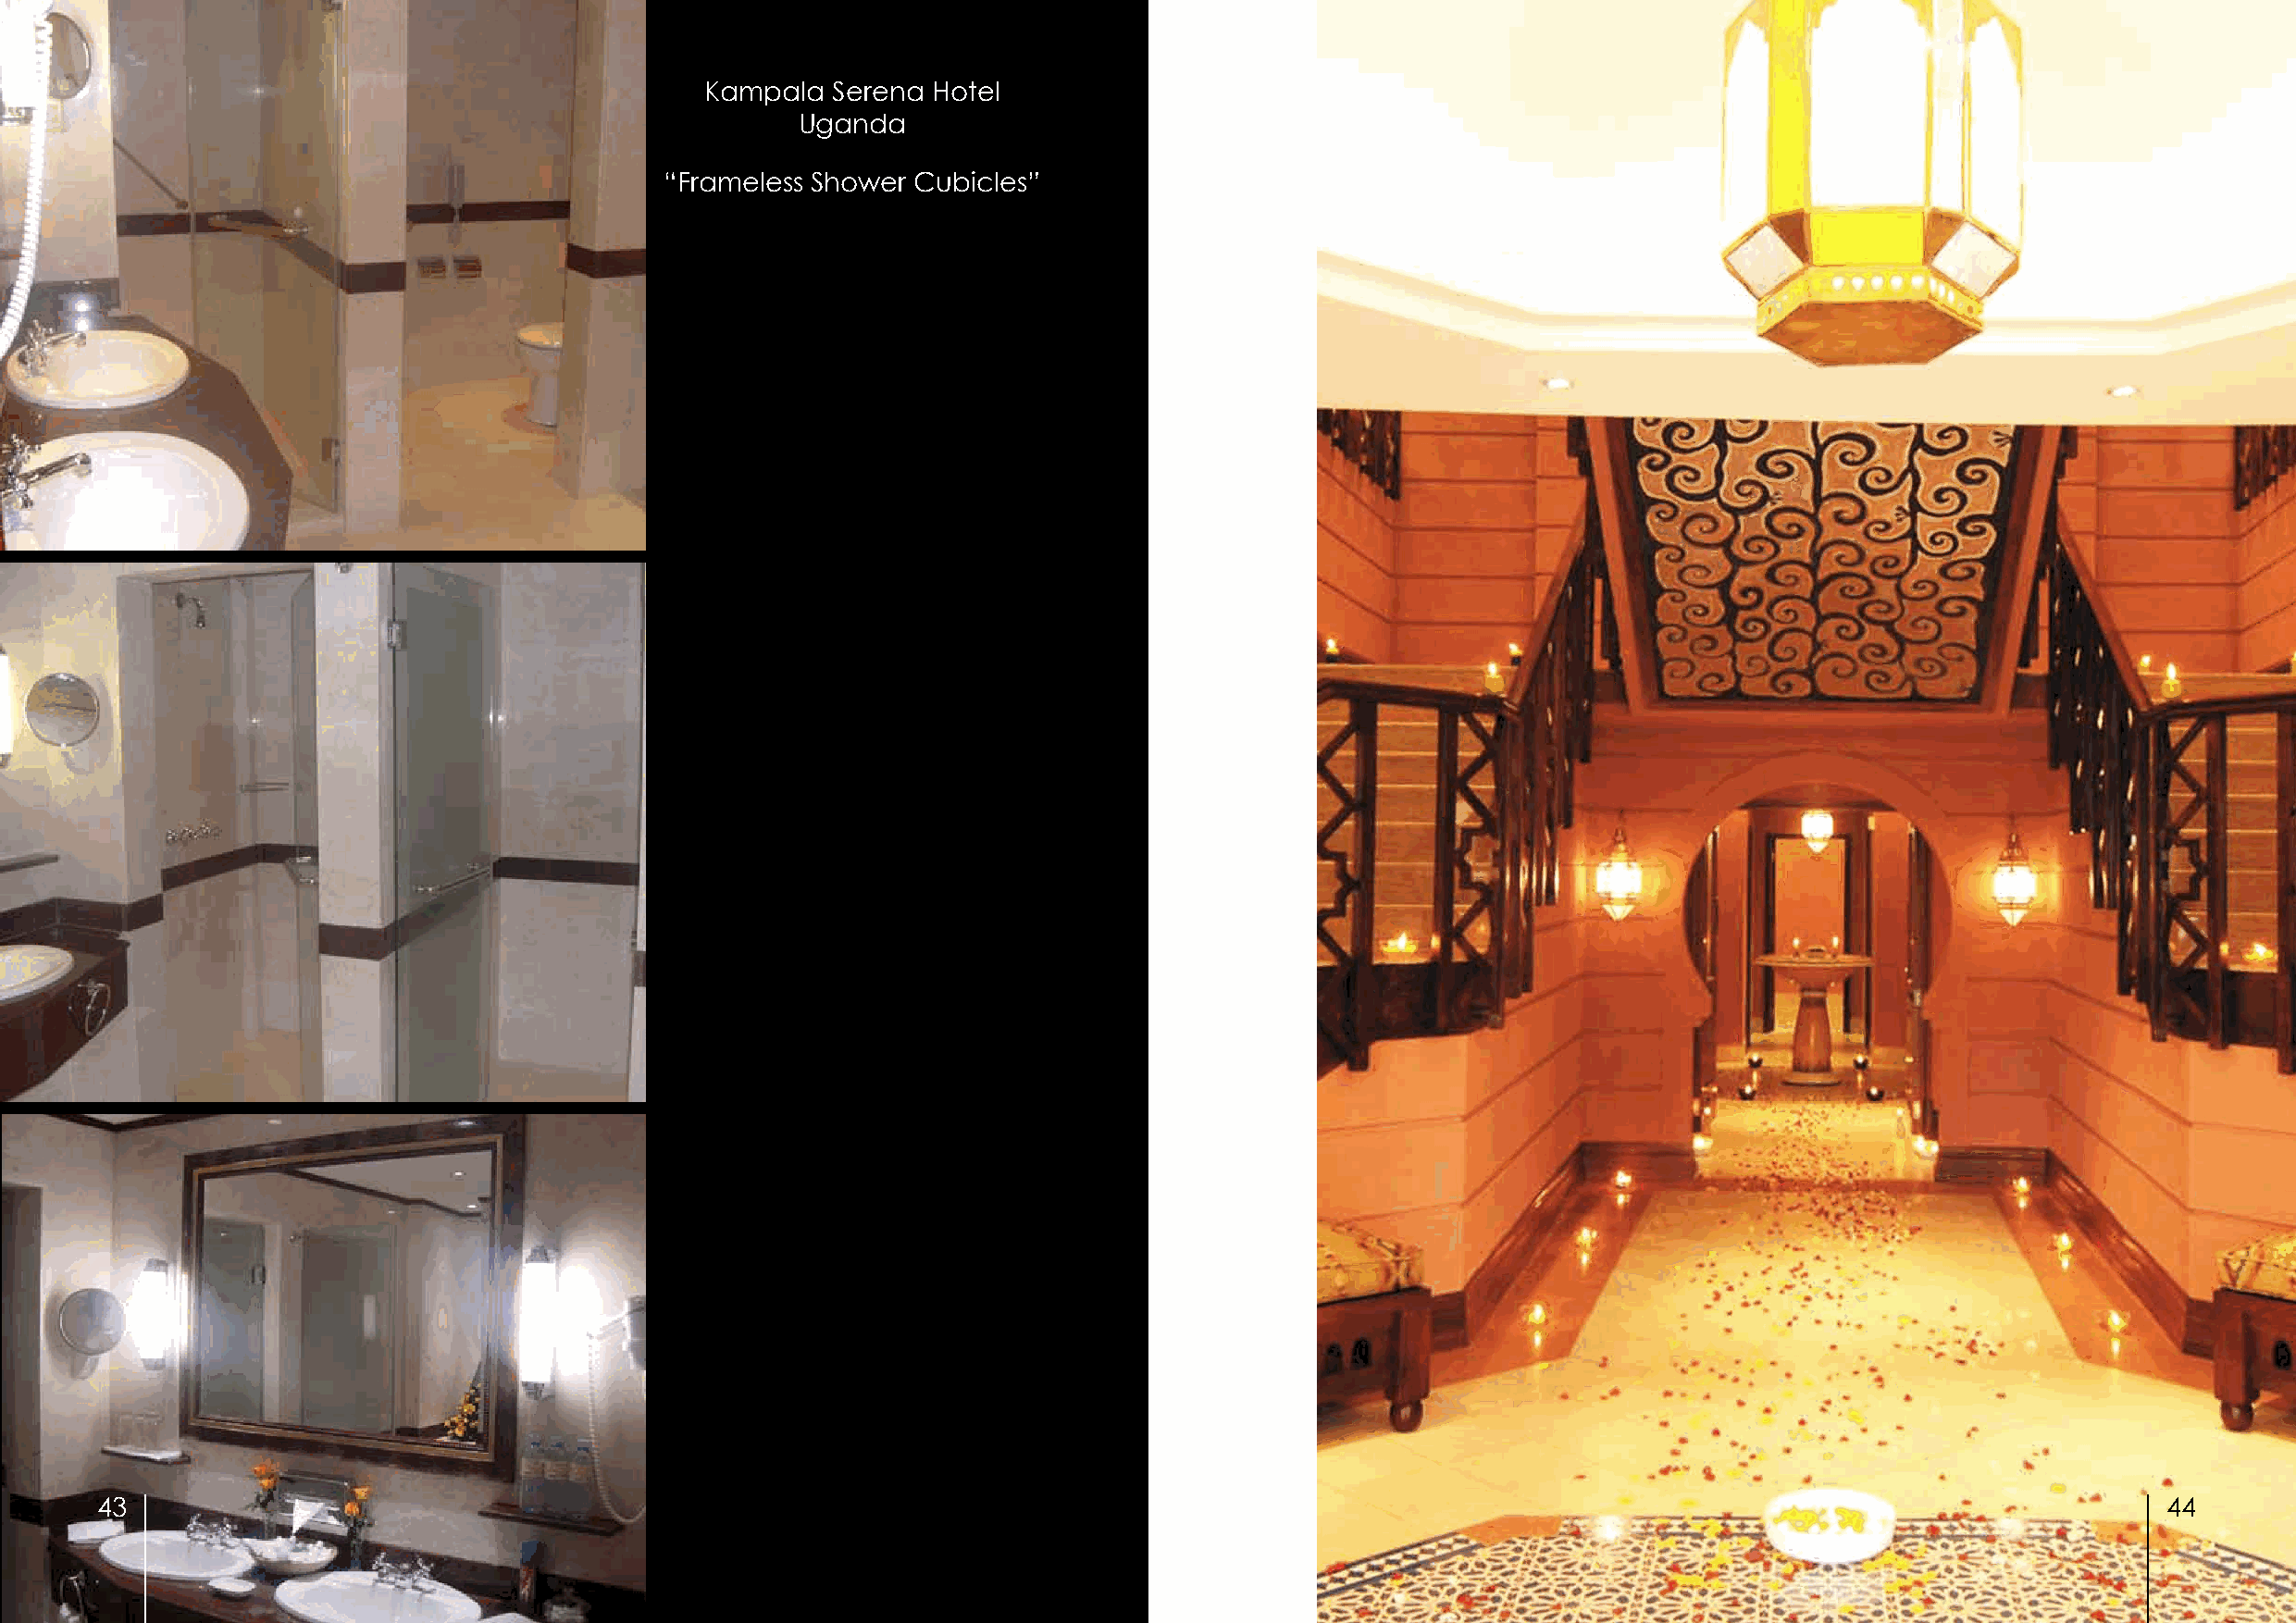
Kampala   Serena Hotel
 Uganda
 “Frameless Shower Cubicles”
 43                                                                                                                                                  44